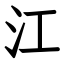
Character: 江